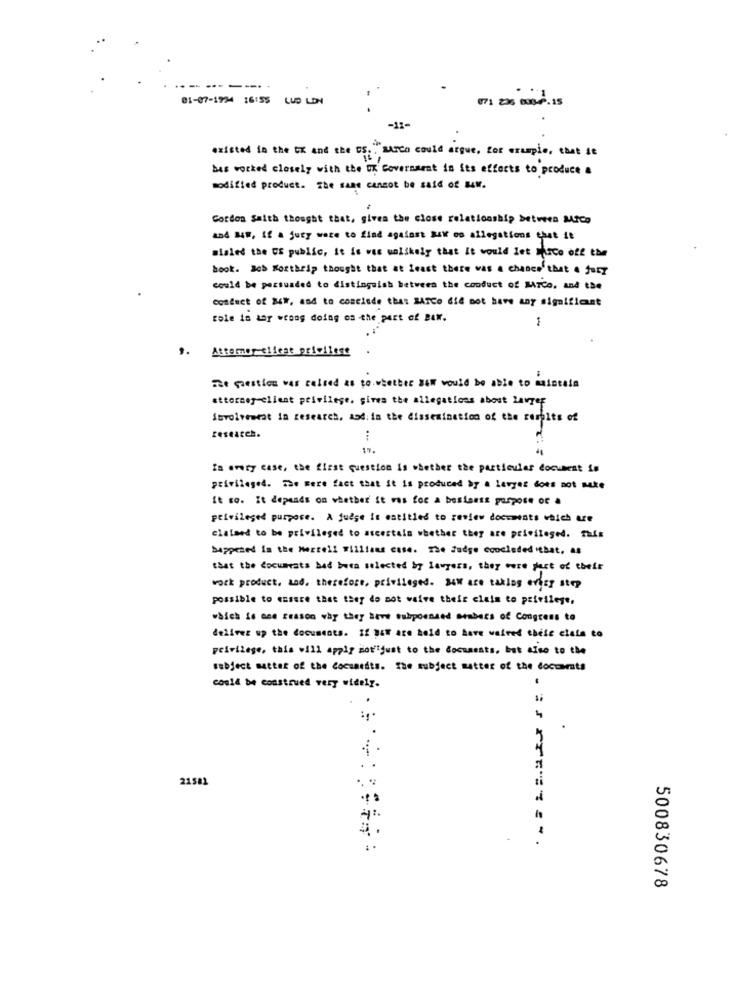
-------..
01-07-1924 16:55 LUD LDN
existed in the th and the US."Marco could argue, for example, cast se
bas worked closely with the UK Government in its effects to produce a
modified product. The same cannot be said of B4w.
Gordon Smith thought that, gives the close relationship between Mico
and ME, if a jury ware to find against Ssk os allegations that it
misled the US public, it is vis ualikely that it would let busco off the
book. Job Korthrip thought that at Least there was a chance that 4 july
could be persuaded to distinguish between the conduct of MrCo. and the
Cofleet of 24#, and to conclude that SATCo did not have any significant
role in tar wrong doing on the part of BAM.
1
,. Attormer client privilege
The gestion was raised as to whether New would be able to maintain
attorney-client privilege, gives the allegations about Lawyer
Involvement in research, And. in the dissemination of the remits of
research.
...
17.
In every case, the first question is whether the particular document is
privileged. The mere fact that it is produced by a lavyes does not make
It so. It depends on whether it was for A besiones purpose of a
privileged purpose. A judge it entitled to review documents which are
claimed to be privileged to ascertain whether they are privileged. This
happened in the Merrell Williams case. The Judge concludedthat, as
that the documents bad been selected by lawyers, they were fact of their
work product, and, therefore, privileged. Now are taking every step
possible to ensure that they do not vaive their claim to privilege,
which is one reason why they have subpoenaed members of Congress to
delives up the documents. 12 BAT are held to have waived these ciata to
privilege, this will apply mot"just to the documents, but also to the
subject matter of the Cocamedts. The subject matter of the documents
.
could be construed very widely.
21581
500830678